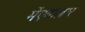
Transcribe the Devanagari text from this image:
मेंएवालार